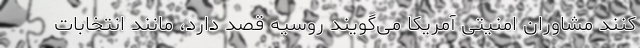
کنند مشاوران امنیتی آمریکا می‌گویند روسیه قصد دارد، مانند انتخابات